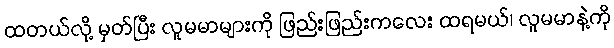
ထတယ်လို့ မှတ်ပြီး လူမမာများကို ဖြည်းဖြည်းကလေး ထရမယ်၊ လူမမာနဲ့ကို